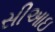
સીઆઇ